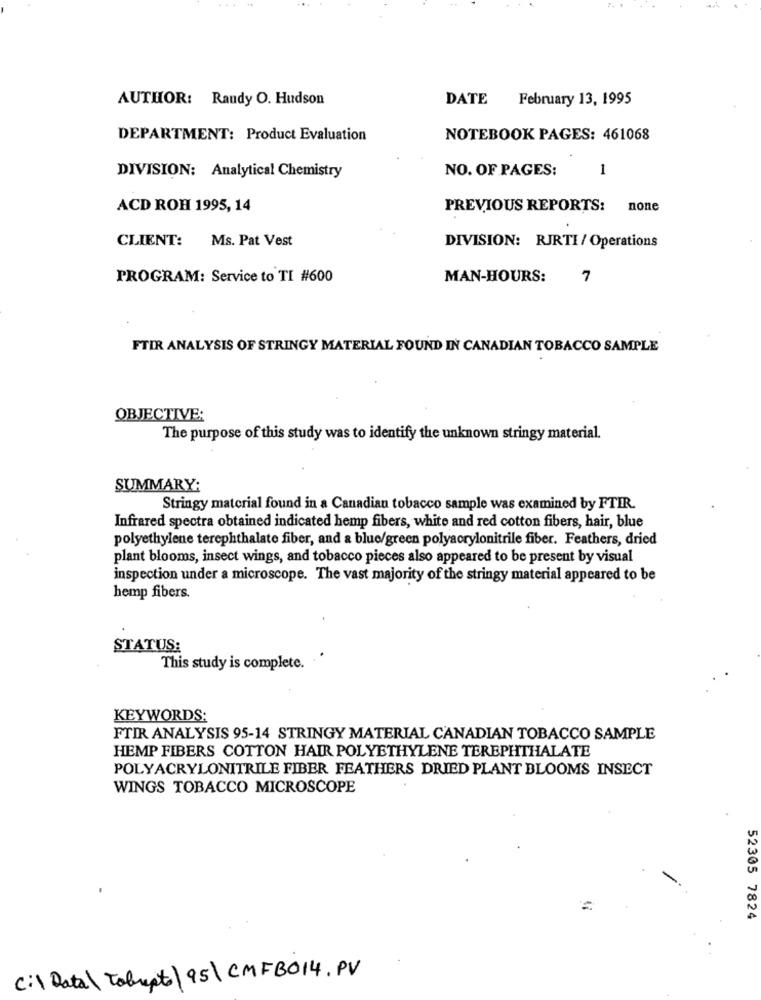
AUTHOR: Randy O. Hudson
February 13, 1995
DATE
DEPARTMENT: Product Evaluation
NOTEBOOK PAGES: 461068
DIVISION: Analytical Chemistry
NO. OF PAGES:
1
ACD ROH 1995, 14
PREVIOUS REPORTS:
none
CLIENT:
Ms. Pat Vest
DIVISION: RJRTI / Operations
PROGRAM: Service to TI #600
MAN-HOURS:
7
FTIR ANALYSIS OF STRINGY MATERIAL FOUND IN CANADIAN TOBACCO SAMPLE
OBJECTIVE:
The purpose of this study was to identify the unknown stringy material.
SUMMARY:
Stringy material found in a Canadian tobacco sample was examined by FTIR.
Infrared spectra obtained indicated hemp fibers, white and red cotton fibers, hair, blue
polyethylene terephthalate fiber, and a blue/green polyacrylonitrile fiber. Feathers, dried
plant blooms, insect wings, and tobacco pieces also appeared to be present by visual
inspection under a microscope. The vast majority of the stringy material appeared to be
hemp fibers.
STATUS:
This study is complete.
KEYWORDS:
FTIR ANALYSIS 95-14 STRINGY MATERIAL CANADIAN TOBACCO SAMPLE
HEMP FIBERS COTTON HAIR POLYETHYLENE TEREPHTHALATE
POLYACRYLONITRILE FIBER FEATHERS DRIED PLANT BLOOMS INSECT
WINGS TOBACCO MICROSCOPE
52305 7824
C:\ Data\ Tobrepto\95\ CMFB014. PV